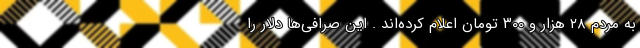
به مردم ۲۸ هزار و ۳۰۰ تومان اعلام کرده‌اند . این صرافی‌ها دلار را